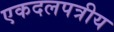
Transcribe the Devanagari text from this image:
एकदलपत्रीय